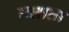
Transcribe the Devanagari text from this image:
तलाता